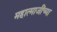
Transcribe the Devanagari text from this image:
महात्माजींच्या